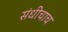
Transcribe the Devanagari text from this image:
संधीचाच